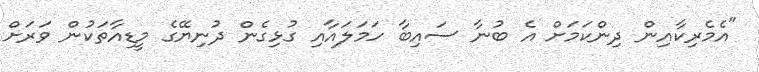
"އެމެރިކާއިން ދިންކަމަށް އެ ބުނާ ސައިބާ ހަމަލައާއި ގުޅިގެން ދުނިޔޭގެ މީޑިއާތަކުން ވަރަށް